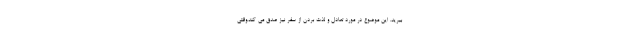
ببرید. این موضوع در مورد تعادل و لذت بردن از سفر نیز صدق می کند.وقتی